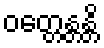
ဝတ္တေန္တန္တိ